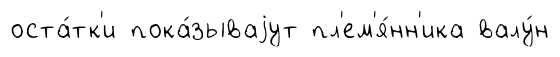
оста́тк'и пока́зываjут пл'ем'я́нн'ика валу́н